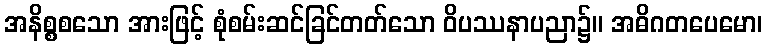
အနိစ္စစသော အားဖြင့် စုံစမ်းဆင်ခြင်တတ်သော ဝိပဿနာပညာ၌။ အဓိဂတပေမော၊